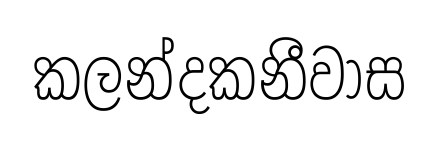
කලන්දකනීවාස